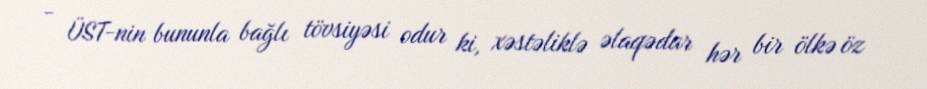
- ÜST-nin bununla bağlı tövsiyəsi odur ki, xəstəliklə əlaqədar hər bir ölkə öz